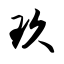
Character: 玖